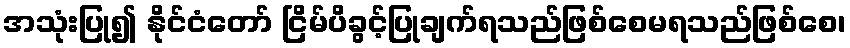
အသုံးပြု၍ နိုင်ငံတော် ငြိမ်ပိခွင့်ပြုချက်ရသည်ဖြစ်စေမရသည်ဖြစ်စေ၊